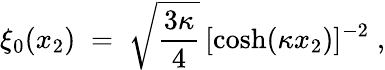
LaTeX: \xi_{0}(x_{2})\; =\; \sqrt{\frac{3\kappa}{4}}\, [\cosh(\kappa x_{2})]^{-2}\; ,